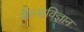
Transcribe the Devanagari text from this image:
सेल्सविज्ञान